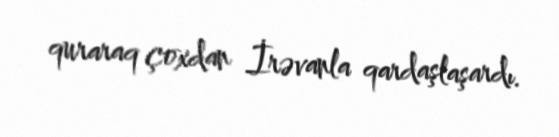
quraraq çoxdan İrəvanla qardaşlaşardı.